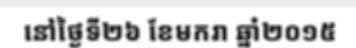
នៅថ្ងៃទី២៦ ខែមករា ឆ្នាំ២០១៥